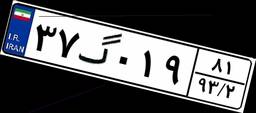
۳۷گ۰۱۹۸۱